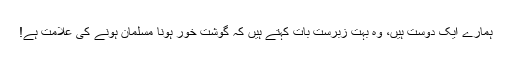
ہمارے ایک دوست ہیں، وہ بہت زبرست بات کہتے ہیں کہ گوشت خور ہونا مسلمان ہونے کی علامت ہے!